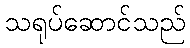
သရုပ်ဆောင်သည်